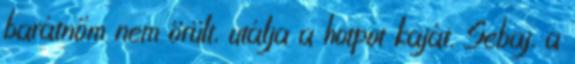
barátnőm nem örült, utálja a hotpot kaját. Sebaj, a